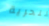
للحرية